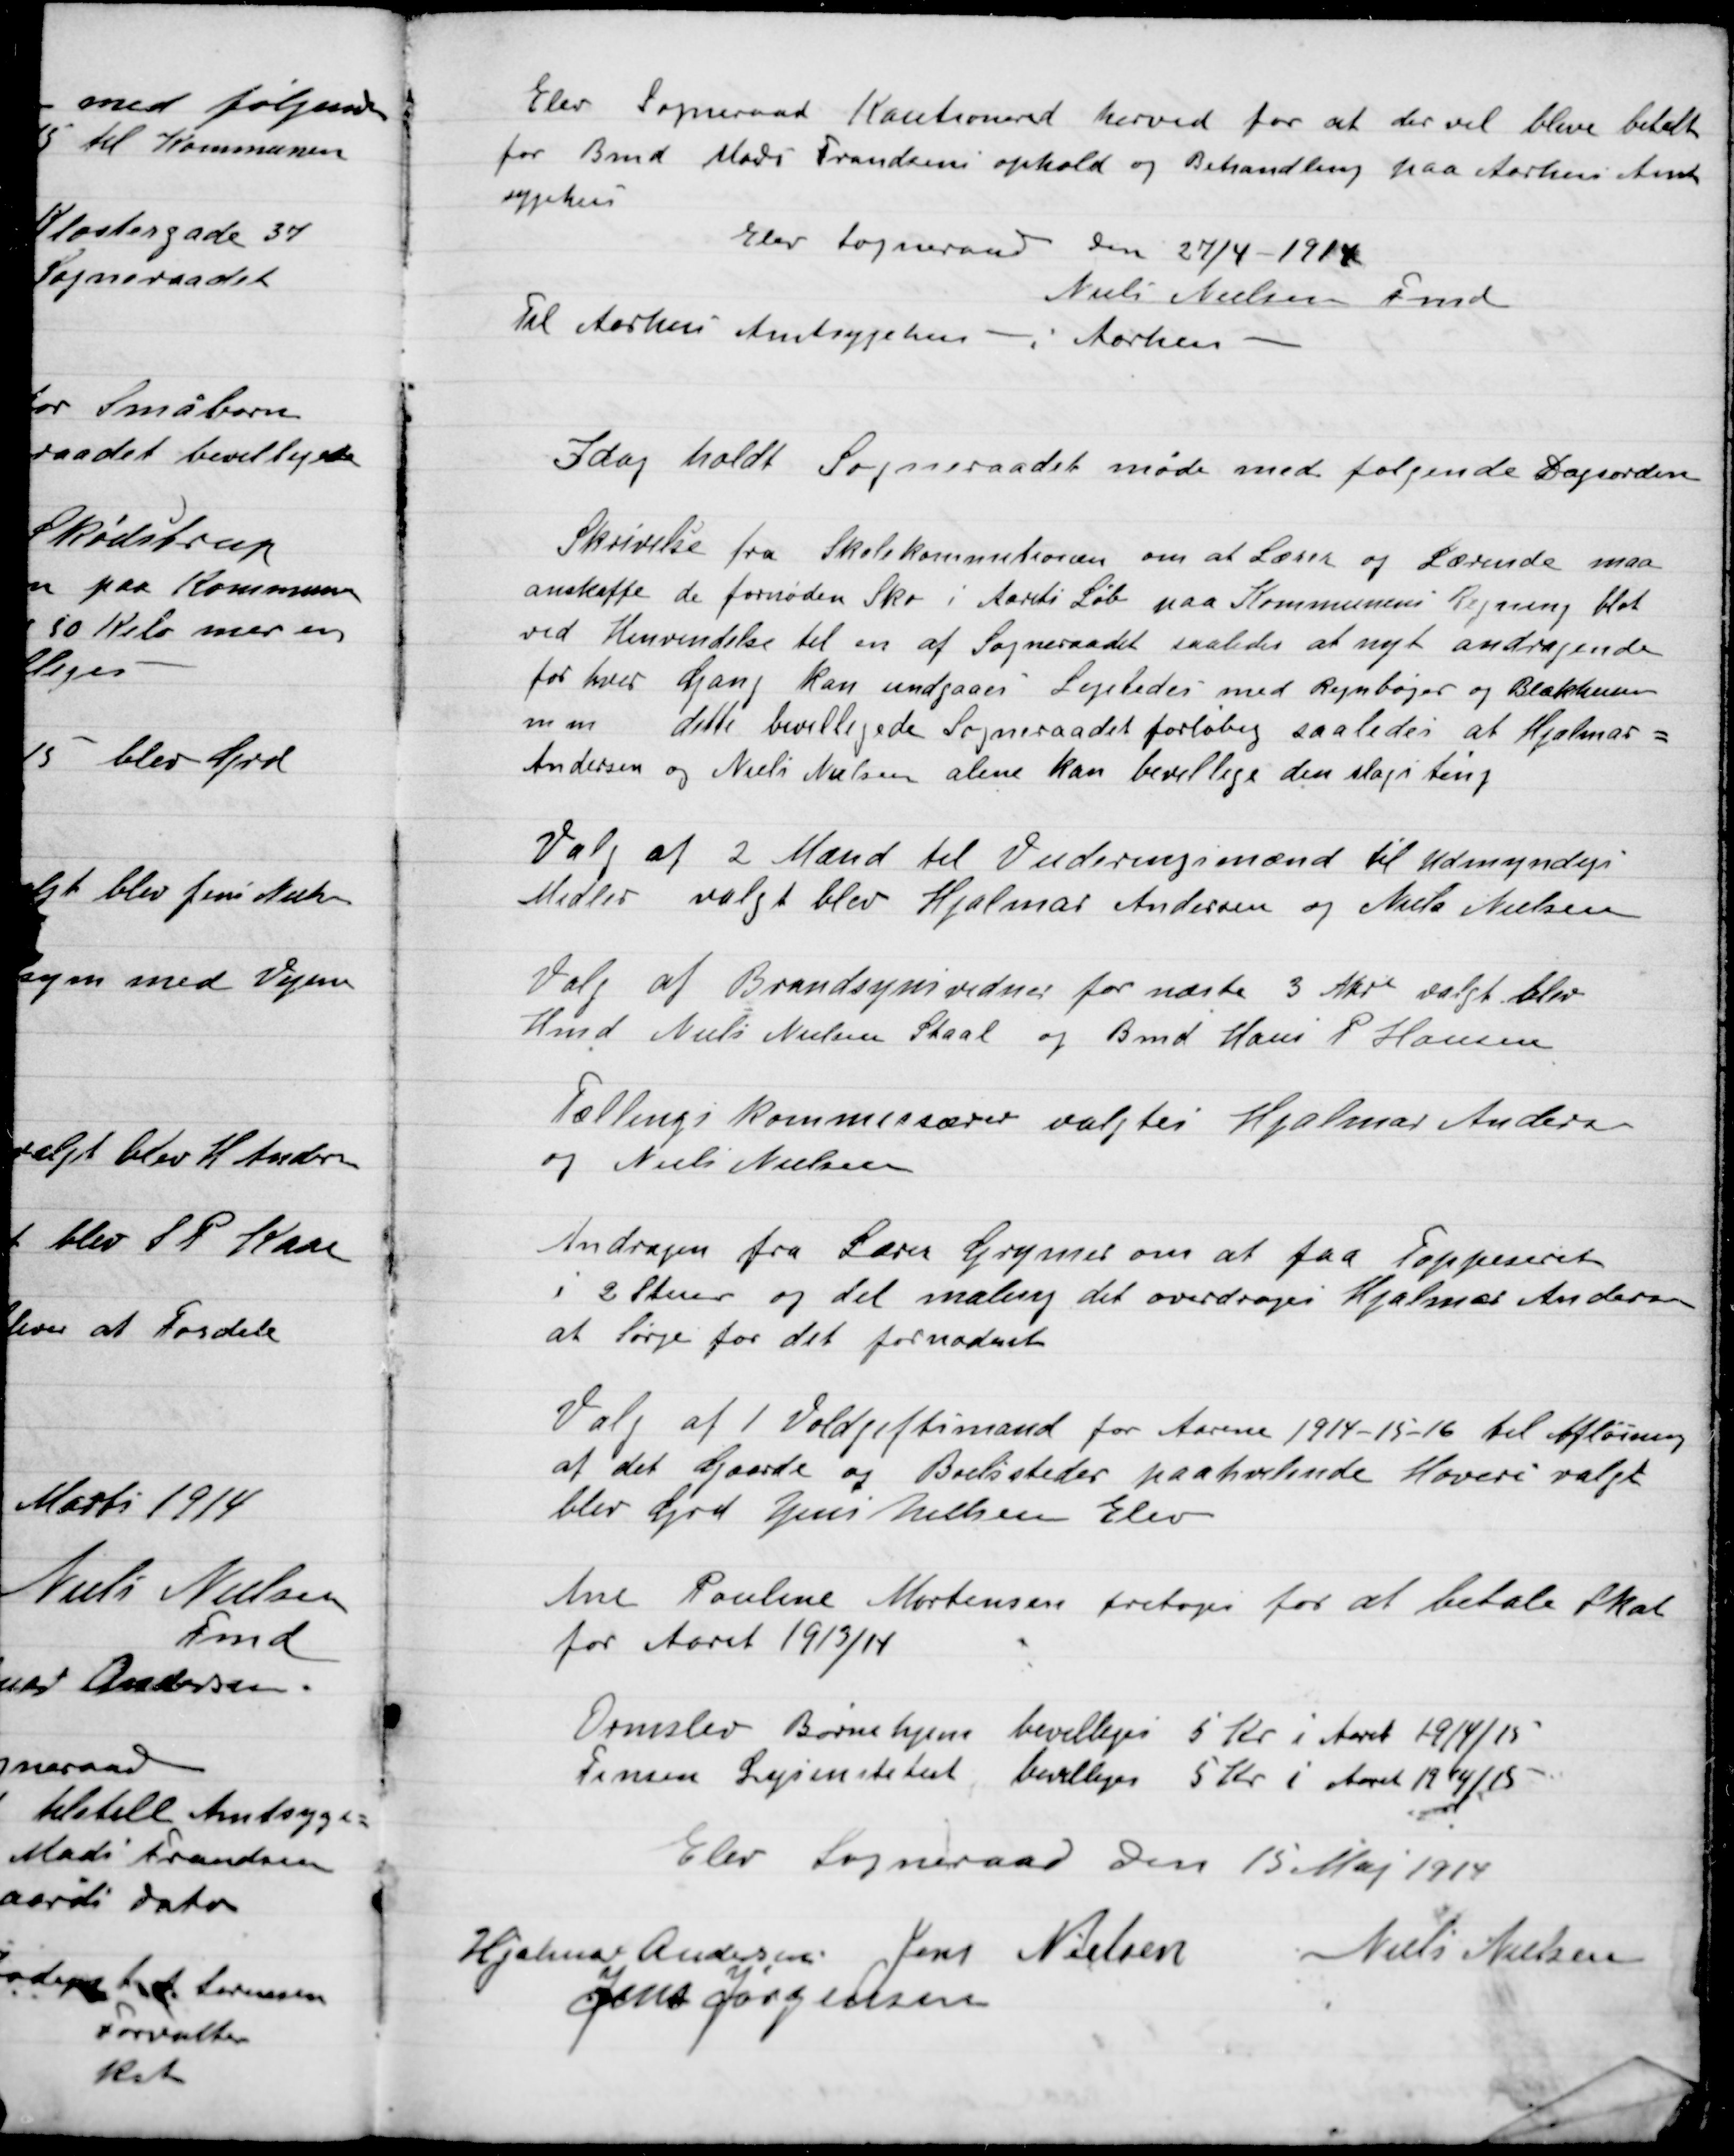
Transskription:
Elev Sogneraad Kautionerer herved for at det vil blive betalt
for Bmd Mads Frandsens ophold og Behandling paa Aarhus Amts-
sygehus.
Elev Sogneraad Den 27/4 – 1914
Niels Nielsen Fmd.
Til Aarhus Amtssygehus – Aarhus –

I dag holdt Sogneraadet møde med følgende Dagsorden

Skrivelse fra Skolekommitionen om Lærer og Lærerinde maa
anskaffe de fornødne Sko i Aarets Løb Kommunens Regning blot
ved Henvendelse til en af Sogneraadet saaledes at nyt andragende
for hver Gang kan undgaaes Ligeledes med Rejnbøger og Blokhusen
m.m. dette bevilligede Sogneraadet foreløbig saaledes at Hjalmar
Andersen og Niels Nielsen alene kan bevillige den slags ting.

Valg af 2 Mænd til Vurderingsmænd til Umyndige
Valgt blev Hjalmar Andersen og Niels Nielsen.

Valg af Brandsynsvidner for næste 3 Aar valgt blev
Hmd. Niels Nielsen Staal og Bmd Hans P. Hansen.

Tællingskommissærer valgtes Hjalmar Andersen
og Niels Nielsen.

Andragende fra Lærer Grymer om at faa Tapetseret
I 2 Stuer og det maling, det overdrages Hjalmar Andersen
at Sørge for det fornødnet.

Valg af 1 Voldgiftsmand for Aarene 1914-15-16 til Afløsning
af det Gjaarde og og Boelssteder paahvilende Hoveri valgt
blev Grd Jens Nielsen Elev.

Ane Pouline Mortensen fritages for at betale Skat
for Aaret 1913/14.

Ormslev Børnehjem bevilliges 5 Kr. i Aaret 1914/15
Firman Lysinstitut bevilliges 5 Kr. i Aaret 1914/15

Elev Sogneraad Den 15 Maj 1914

Hjalmar Andersen
Jens Nielsen
Niels Nielsen
Jens Jørgensen